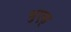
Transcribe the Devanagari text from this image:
भुएस्‌